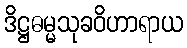
ဒိဋ္ဌဓမ္မသုခဝိဟာရာယ